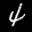
Label: 4